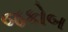
જકોબ